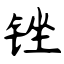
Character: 锉